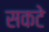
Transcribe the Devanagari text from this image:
सकटे